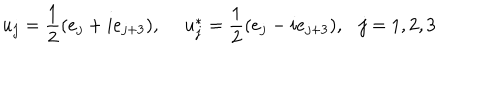
LaTeX: u _ { j } = \frac { 1 } { 2 } ( e _ { j } + i e _ { j + 3 } ) , ~ ~ u _ { j } ^ { * } = \frac { 1 } { 2 } ( e _ { j } - i e _ { j + 3 } ) , j = 1 , 2 , 3